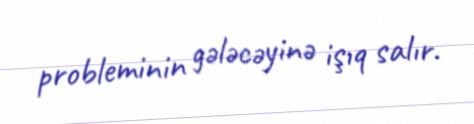
probleminin gələcəyinə işıq salır.